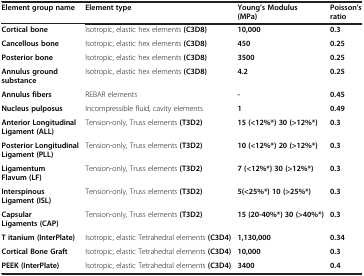
| Element group name | Element type | Young’s Modulus (MPa) | Poisson's ratio |
 | --- | --- | --- | --- |
 | Cortical bone | Isotropic, elastic hex elements (C3D8) | 10,000 | 0.3 |
 | Cancellous bone | Isotropic, elastic hex elements (C3D8) | 450 | 0.25 |
 | Posterior bone | Isotropic, elastic hex elements (C3D8) | 3500 | 0.25 |
 | Annulus ground substance | Isotropic, elastic hex elements (C3D8) | 4.2 | 0.25 |
 | Annulus fibers | REBAR elements | - | 0.45 |
 | Nucleus pulposus | Incompressible fluid, cavity elements | 1 | 0.49 |
 | Anterior Longitudinal Ligament (ALL) | Tension-only, Truss elements (T3D2) | 15 (<12%*) 30 (>12%*) | 0.3 |
 | Posterior Longitudinal Ligament (PLL) | Tension-only, Truss elements (T3D2) | 10 (<12%*) 20 (>12%*) | 0.3 |
 | Ligamentum Flavum (LF) | Tension-only, Truss elements (T3D2) | 7 (<12%*) 30 (>12%*) | 0.3 |
 | Interspinous Ligament (ISL) | Tension-only, Truss elements (T3D2) | 5(<25%*) 10 (>25%*) | 0.3 |
 | Capsular Ligaments (CAP) | Tension-only, Truss elements (T3D2) | 15 (20-40%*) 30 (>40%*) | 0.3 |
 | T itanium (InterPlate) | Isotropic, elastic Tetrahedral elements (C3D4) | 1,130,000 | 0.34 |
 | Cortical Bone Graft | Isotropic, elastic Tetrahedral elements (C3D4) | 10,000 | 0.3 |
 | PEEK (InterPlate) | Isotropic, elastic Tetrahedral elements (C3D4) | 3400 | 0.4 |